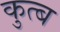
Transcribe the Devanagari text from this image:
कुत्ब